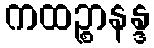
ကထဉ္စာနန္ဒ